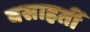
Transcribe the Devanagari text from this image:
वसाहतीं